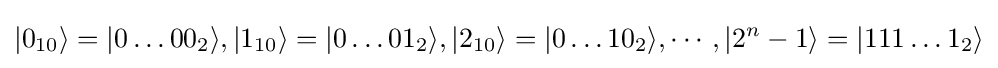
|0_{10}\rangle =|0\dots 00_{2}\rangle ,|1_{10}\rangle =|0\dots 01_{2}\rangle ,|2_{10}\rangle =|0\dots 10_{2}\rangle ,\cdots ,|2^{n}-1\rangle =|111\dots 1_{2}\rangle